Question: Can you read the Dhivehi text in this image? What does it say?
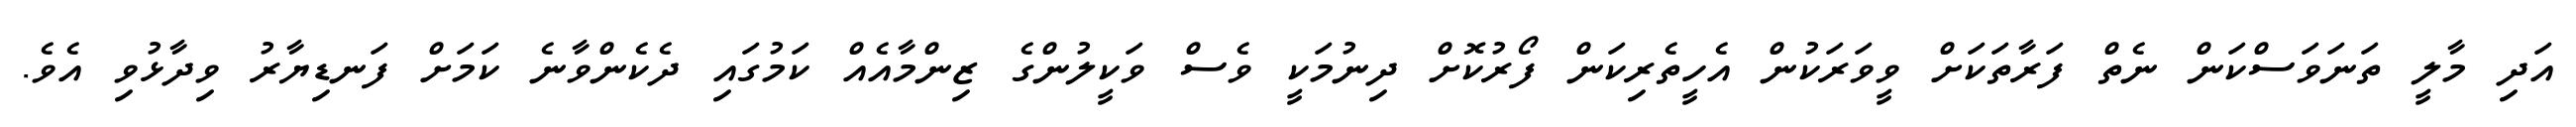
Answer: އަދި މާލީ ތަނަވަސްކަން ނެތް ފަރާތަކަށް ވީވަރަކުން އެހީތެރިކަން ފޯރުކޮށް ދިނުމަކީ ވެސް ވަކީލުންގެ ޒިންމާއެއް ކަމުގައި ދެކެންވާނެ ކަމަށް ފަނޑިޔާރު ވިދާޅުވި އެވެ.